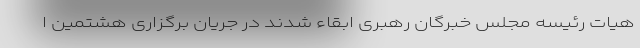
هیات رئیسه مجلس خبرگان رهبری ابقاء شدند در جریان برگزاری هشتمین ا